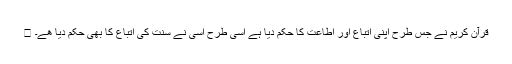
 قرآنِ کریم نے جس طرح اپنی اتباع اور اطاعت کا حکم دیا ہے اسی طرح اسی نے سنت کی اتباع کا بھی حکم دیا ھے۔